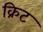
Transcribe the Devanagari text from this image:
क्रिट